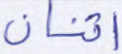
اثنان